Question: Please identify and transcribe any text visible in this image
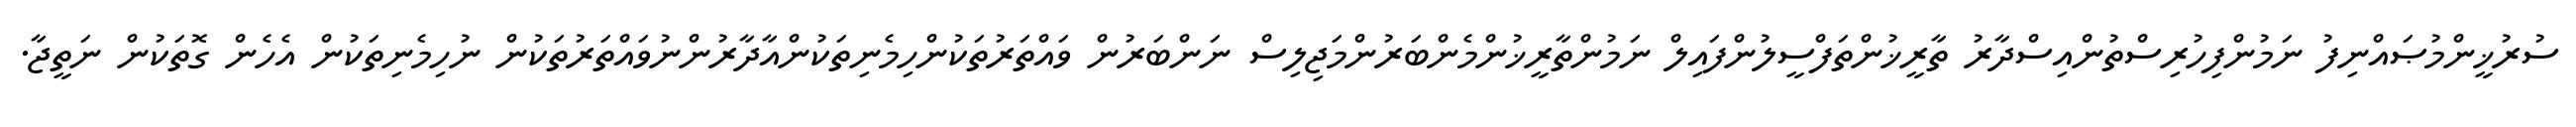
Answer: ސުރުޚީންމުޞައްނިފު ނަމުންފިހުރިސްތުންއިސްދާރު ތާރީޚުންތަފްސީލުންފައިލް ނަމުންތާރީޚުންމެންބަރުންމަޖިލިސް ނަންބަރުން ވައްތަރުތަކުންހިމެނިތަކުންއާދާރުންނުވައްތަރުތަކުން ނުހިމެނިތަކުން އެހެން ގޮތަކުން ނަތީޖާ.